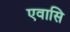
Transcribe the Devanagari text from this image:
एवासि